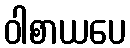
ဝါစာယပေ